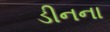
ડીનના